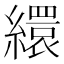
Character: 繯